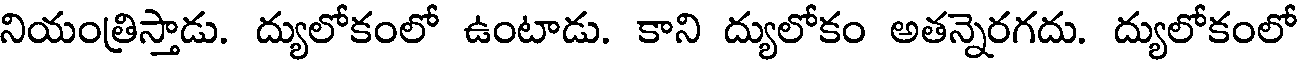
నియంత్రిస్తాడు. ద్యులోకంలో ఉంటాడు. కాని ద్యులోకం అతన్నెరగదు. ద్యులోకంలో